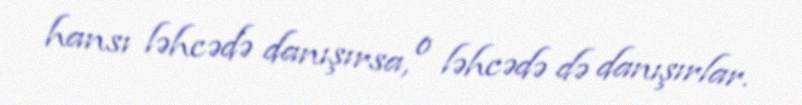
hansı ləhcədə danışırsa, o ləhcədə də danışırlar.